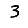
Digit: 3